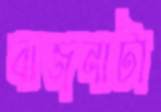
বাজনাটা